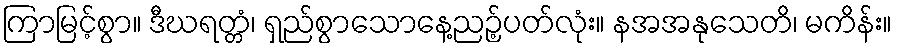
ကြာမြင့်စွာ။ ဒီဃရတ္တံ၊ ရှည်စွာသောနေ့ညဉ့်ပတ်လုံး။ နအအနုသေတိ၊ မကိန်း။